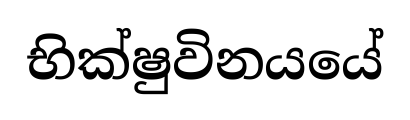
භික්ෂුවිනයයේ